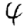
Digit: 4